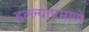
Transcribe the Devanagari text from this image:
हल्ल्याप्रमाणे